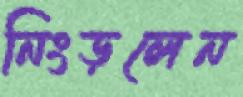
নিংড়লেন